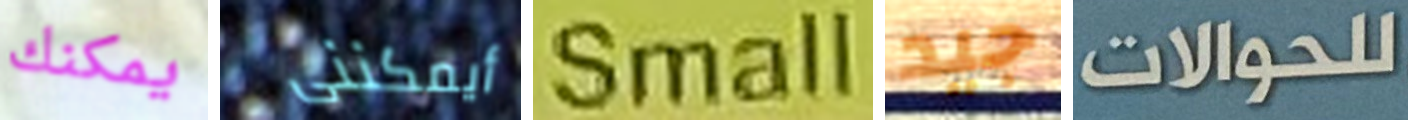
يمكنك أيمكننى Small جيد للحوالات